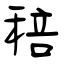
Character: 稖